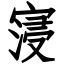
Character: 寖